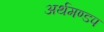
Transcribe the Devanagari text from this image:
अर्थमण्डप